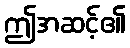
ဤအဆင့်၏